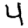
Digit: 4